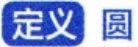
定义 圆